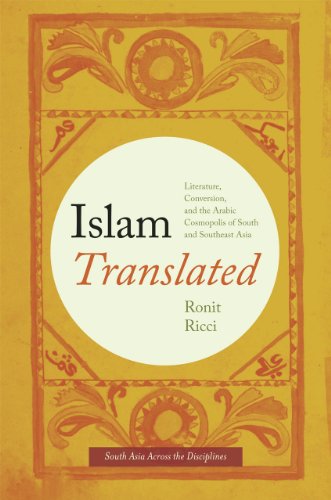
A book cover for Islam Translated: Literature, Conversion, and the Arabic Cosmopolis of South and Southeast Asia (South Asia Across the Disciplines); Ronit Ricci; Religion & Spirituality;